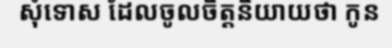
សុំទោស ដែលចូលចិត្តនិយាយថា កូន